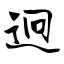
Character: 迥